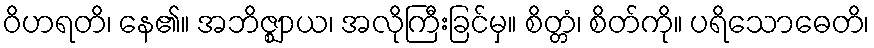
ဝိဟရတိ၊ နေ၏။ အဘိဇ္ဈာယ၊ အလိုကြီးခြင်မှ။ စိတ္တံ၊ စိတ်ကို။ ပရိသောဓေတိ၊